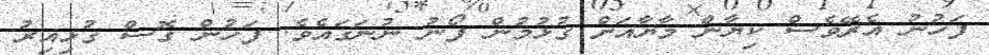
ފަހުނު އެރޭވެސް ކިޔާން މާޔާއަށް ގުޅުމުން ފޯނު ނުނަގައެވެ. ފަހުން ގޮސް ގުޅިއިރު